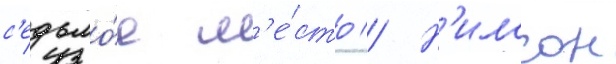
с'едьмо́е м'е́сто // Н'илссон